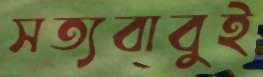
সত্যবাবুই